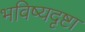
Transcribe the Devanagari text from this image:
भविष्यदृष्टा